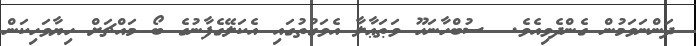
ދަންނަވަމުން ގެންދެވިއެވެ.  ސުބްހާނަހޫ ވަޠަޢާލާ އެވަގުތުގައި އެކަލޭގެފާނުގެ ބޯ މައްޗަށް ހިޔާވަހިކަން